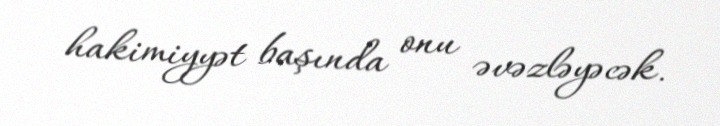
hakimiyyət başında onu əvəzləyəcək.